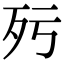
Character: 𣧁